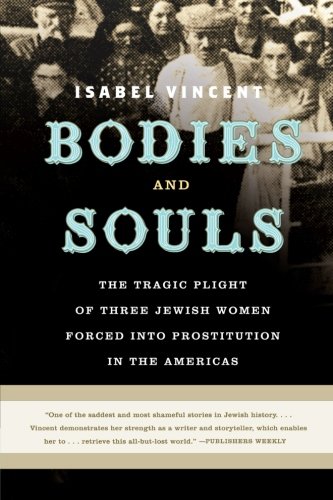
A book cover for Bodies and Souls: The Tragic Plight of Three Jewish Women Forced into Prostitution in the Americas; Isabel Vincent; Religion & Spirituality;